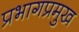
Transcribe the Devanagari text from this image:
प्रभागप्रमुख